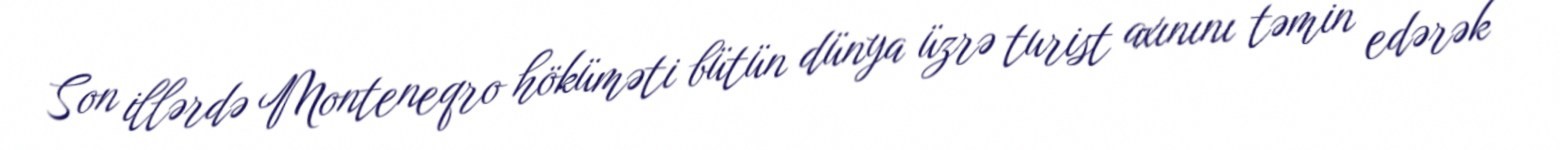
Son illərdə Monteneqro höküməti bütün dünya üzrə turist axınını təmin edərək